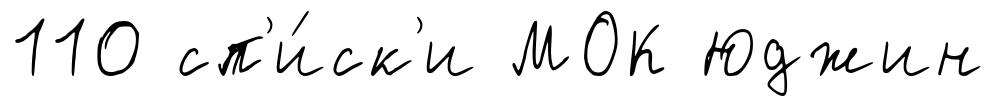
110 сп'и́ск'и МОК Юджин